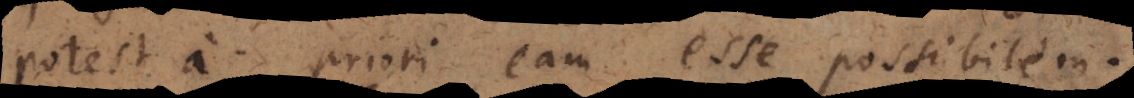
potest a priori eam esse possibilem.